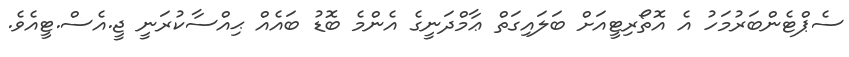
ސެޕްޓެންބަރުމަހު އެ އޮތޯރިޓީއަށް ބަލައިގަތް ޢާމްދަނީގެ އެންމެ ބޮޑު ބައެއް ޙިއްސާކުރަނީ ޖީ.އެސް.ޓީއެވެ.